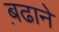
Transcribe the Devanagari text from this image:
ब़ढाने